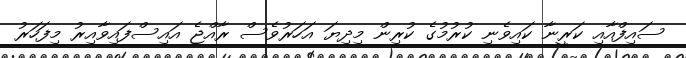
ސައިފްއާއި ކަރީނާ ކައިވެނި ކުރުމުގެ ކުރިން މިދިޔަ އަހަރުވެސް ރާއްޖެ އައިސްފައިވާއިރު މިފަހަރު